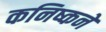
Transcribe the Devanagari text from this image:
कनिष्कने